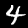
Label: 4